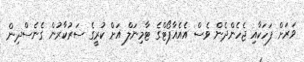
ވަރަށް ފަހަކާއި ޖެހެންދެން ވެސް އެއެއާޕޯޓްގެ ޓާމިނަލް އަށް ކުރީގެ ސަރުކާރުން ގެނެސްދިން